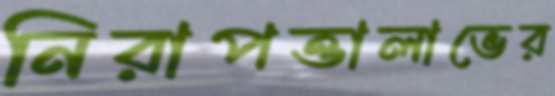
নিরাপত্তালাভের